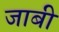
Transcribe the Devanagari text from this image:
जाबी